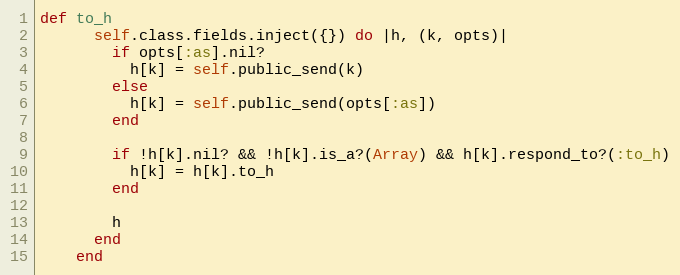
Language: Ruby
def to_h
      self.class.fields.inject({}) do |h, (k, opts)|
        if opts[:as].nil?
          h[k] = self.public_send(k)
        else
          h[k] = self.public_send(opts[:as])
        end

        if !h[k].nil? && !h[k].is_a?(Array) && h[k].respond_to?(:to_h)
          h[k] = h[k].to_h
        end

        h
      end
    end